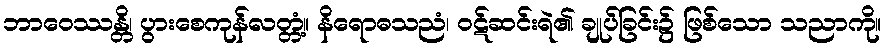
ဘာဝေဿန္တိ၊ ပွားစေကုန်လတ္တံ့။ နိရောဓသညံ၊ ဝဋ်ဆင်းရဲ၏ ချုပ်ခြင်း၌ ဖြစ်သော သညာကို။